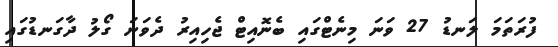
ފުރަތަމަ ލަނޑު 27 ވަނަ މިނެޓްގައި ބެނޮއިޓް ޖެހިއިރު ދެވަނަ ގޯލު ދާގަނޑުގައި